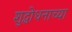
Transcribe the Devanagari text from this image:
शुद्धोधनाच्या